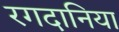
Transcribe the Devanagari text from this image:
रगदानिया